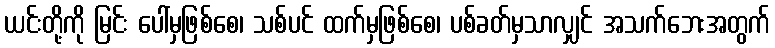
ယင်းတို့ကို မြင်း ပေါ်မှဖြစ်စေ၊ သစ်ပင် ထက်မှဖြစ်စေ၊ ပစ်ခတ်မှသာလျှင် အသက်ဘေးအတွက်